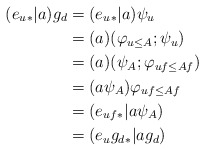
\begin{align*}(e_u {}_*| a) g_d &= (e_u {}_*| a) \psi_u \\&= (a)(\varphi_{u\leq A}; \psi_u) \\&= (a)(\psi_A; \varphi_{uf \leq Af}) \\&= (a\psi_A)\varphi_{uf\leq Af} \\&= (e_{uf} {}_*| a\psi_A) \\&= (e_u g_d {}_*| ag_d)\end{align*}